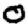
Digit: 0